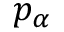
p _ { \alpha }